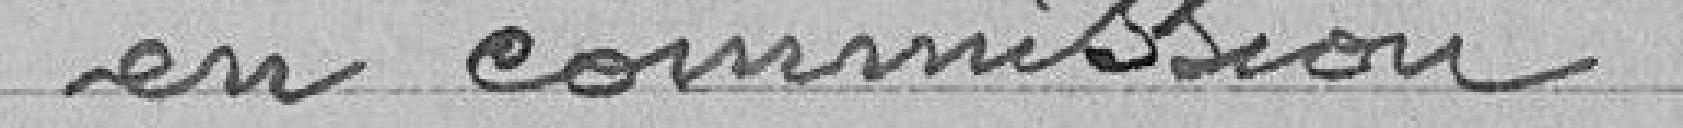
en commission